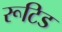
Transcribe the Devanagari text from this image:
रूटिड